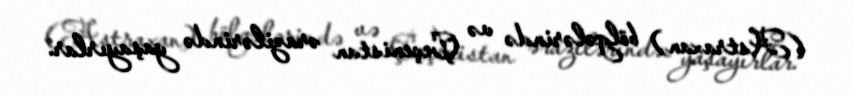
(Astraxan) bölgələrində və Çeçenistan ərazilərində yaşayırlar.